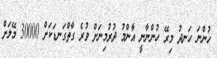
ހުންނަ ހަނދު މިރޭ ހުންނާނީ އާންމު ދުރުމިނަށް ވުރެ ގާތްގަނޑަކަށް 30000 މޭލަށް